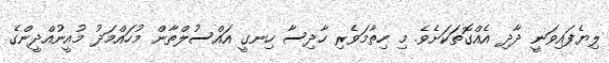
ލިޔެފައިވަނީ ދާދި އެއްގޮތަކަށެވެ. މި ހިތާމަވެރި ހާދިސާ ހިނގީ އައްސުލްތާން މުހައްމަދު މުއީނުއްދީންގެ